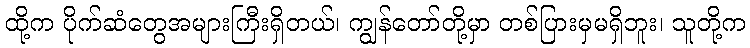
ထို့က ပိုက်ဆံတွေအများကြီးရှိတယ်၊ ကျွန်တော်တို့မှာ တစ်ပြားမှမရှိဘူး၊ သူတို့က